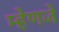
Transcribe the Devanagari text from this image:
म्हेणजे